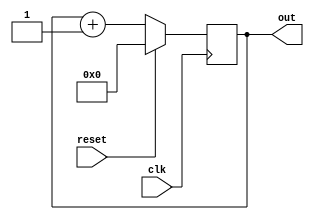
module up5bit_counter (out,
                        clk,
                        reset);

    output [4:0] out;
    input clk, reset;

    reg [4:0] out;

    always @(posedge clk)
        if (reset) begin 
            out <= 5'b0;
        end 
        else begin
            out <= out + 1;
        end 
endmodule